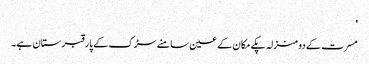
'
مسرت کے دو منزلہ پکے مکان کے عین سامنے سڑک کے پار قبرستان ہے۔